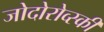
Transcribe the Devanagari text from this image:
जोदोरोव्स्की